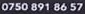
0750 891 86 57